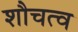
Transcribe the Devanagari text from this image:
शौचत्व